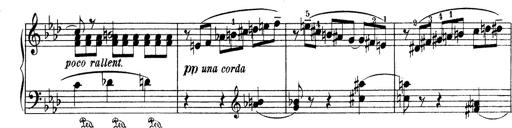
Title: Variationen Ã¼ber das Motiv von Bach
Composer: Franz Liszt